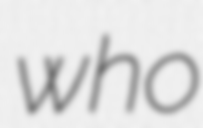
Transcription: who